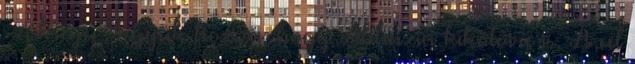
szüksége. Tegyük hozzá, hogy Abházia kikötőire is. A cél